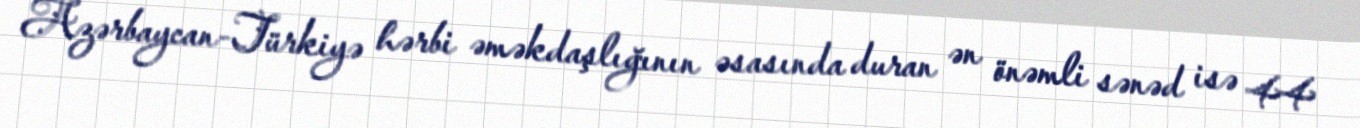
Azərbaycan-Türkiyə hərbi əməkdaşlığının əsasında duran ən önəmli sənəd isə 44